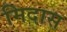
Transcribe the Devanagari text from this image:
मिदास